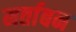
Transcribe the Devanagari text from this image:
मर्ताबन